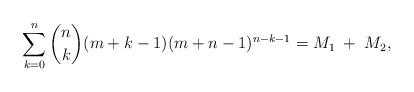
LaTeX: \begin{align*}\sum_{k=0}^n {n \choose k}(m+k-1)(m+n-1)^{n-k-1}= M_1\;+\;M_2,\end{align*}